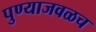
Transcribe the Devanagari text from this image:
पुण्याजवळच